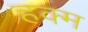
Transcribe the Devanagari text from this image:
हक्म